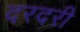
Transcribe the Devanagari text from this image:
दरदरी